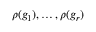
\rho ( g _ { 1 } ) , \ldots , \rho ( g _ { r } )